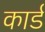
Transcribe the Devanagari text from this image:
कार्ड